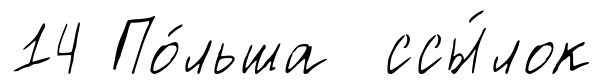
14 По́льша ссы́лок